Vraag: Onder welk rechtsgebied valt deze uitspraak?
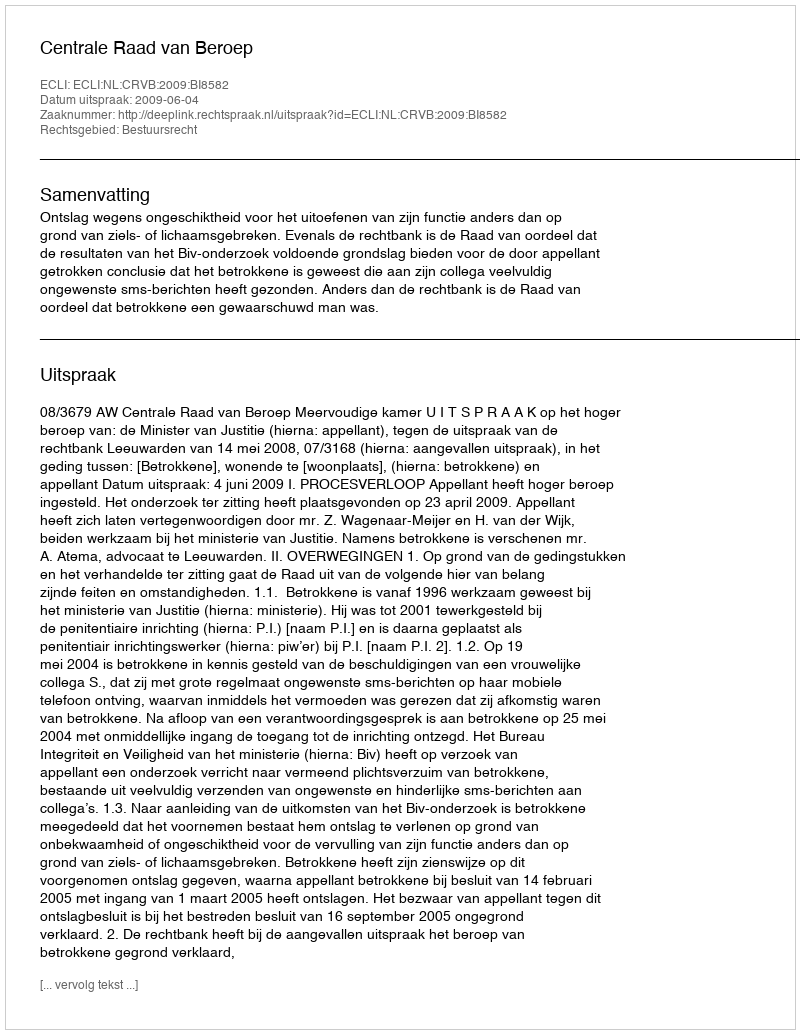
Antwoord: Bestuursrecht